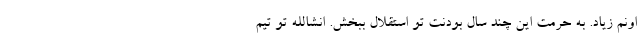
اونم زیاد. به حرمت این چند سال بودنت تو استقلال ببخش. انشالله تو تیم